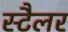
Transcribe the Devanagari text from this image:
स्टैलर